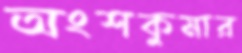
অংশকুমার